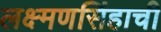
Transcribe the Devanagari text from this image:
लक्ष्मणसिंहाची